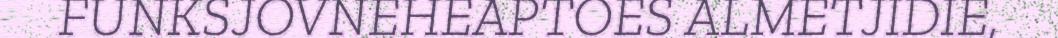
FUNKSJOVNEHEAPTOES ALMETJIDIE,